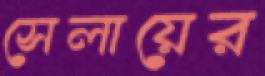
সেলায়ের